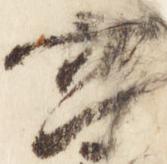
宮